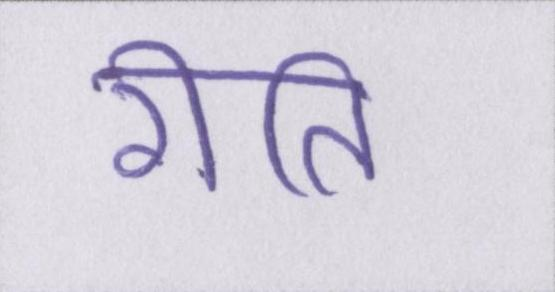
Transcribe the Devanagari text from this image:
रीति